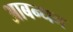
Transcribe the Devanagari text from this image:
आबन्धन